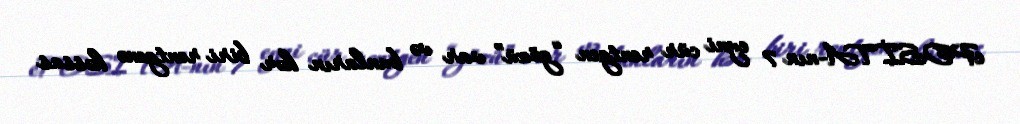
ePOSİTA-nın 7 eyni cür rentgen “gözü” var və bunların hər biri rentgenə həssas